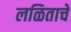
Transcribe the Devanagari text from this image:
लळिताचे